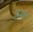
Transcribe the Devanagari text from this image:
अम्भ